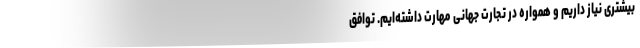
بیشتری نیاز داریم و همواره در تجارت جهانی مهارت داشته‌ایم. توافق